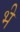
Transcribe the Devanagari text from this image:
भ्‍ी